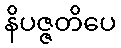
နိပဇ္ဇတိပေ